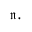
{ \mathfrak { n } } .